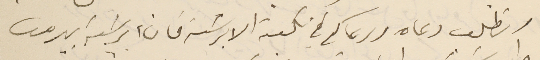
ونطلب دعاه ودعاكم في نكبة الابرشىة فان ابرشية بيروت